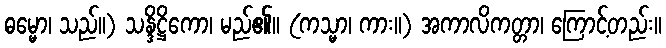
ဓမ္မော၊ သည်။) သန္ဒိဋ္ဌိကော၊ မည်၏။ (ကသ္မာ၊ ကား။) အကာလိကတ္တာ၊ ကြောင့်တည်း။